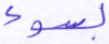
بسوء